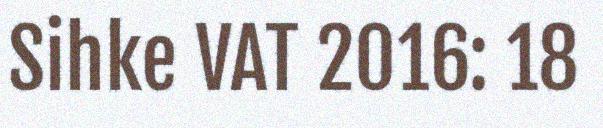
Sihke VAT 2016: 18